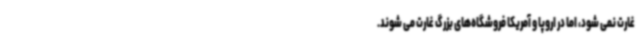
غارت نمی شود، اما در اروپا و آمریکا فروشگاه‌های بزرگ غارت می شوند.